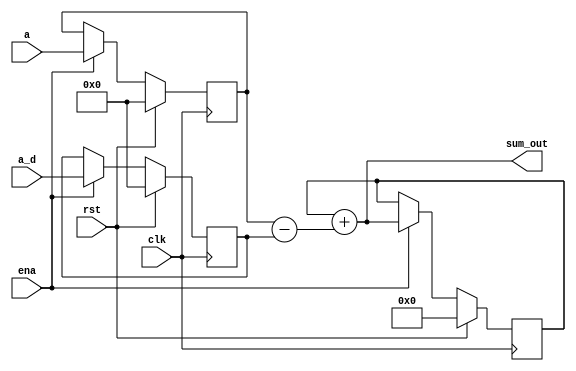
module Acc_Sum(
   input 			clk,rst,
	input 			ena,
	input 			[16:0] a,
	input				[16:0] a_d, 
	output signed  [23:0] sum_out
   );

reg [16:0] ia, ia_d;
always @(posedge clk)
begin
	if (rst)			begin
		ia 	<= 17'd0;
		ia_d	<= 17'd0;		
		end
	else if(ena)	begin
		ia		<= a;
		ia_d 	<= a_d;
		end
end

reg [23:0] sum_reg;
always @(posedge clk)
begin
	if (rst)			sum_reg <= 24'd0;
	else if(ena)	sum_reg <= mov_sum;
end

wire signed [17:0] delay_sub	= $signed({1'b0,ia}) - $signed({1'b0,ia_d});
wire signed [23:0] mov_sum = $signed(sum_reg) + $signed({{6{delay_sub[17]}},delay_sub});

assign	sum_out = mov_sum;	
endmodule